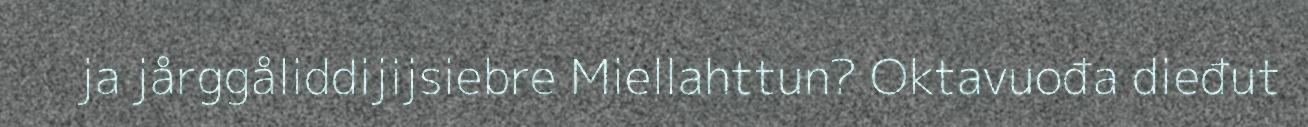
ja jårggåliddijijsiebre Miellahttun? Oktavuođa dieđut